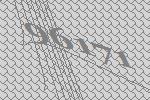
96171